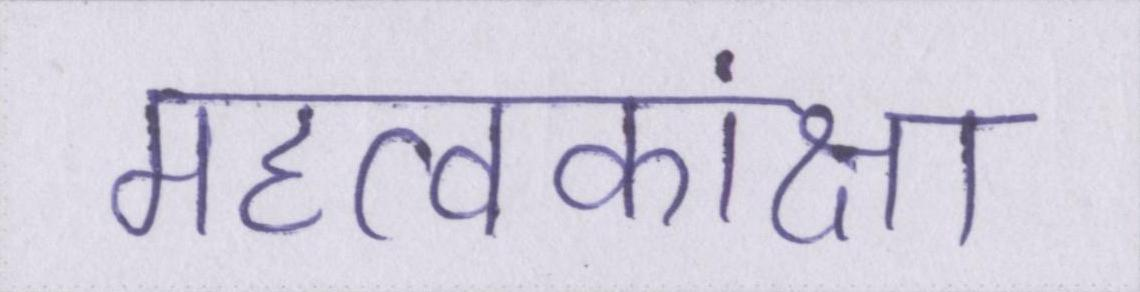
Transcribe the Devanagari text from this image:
महत्वकांक्षा